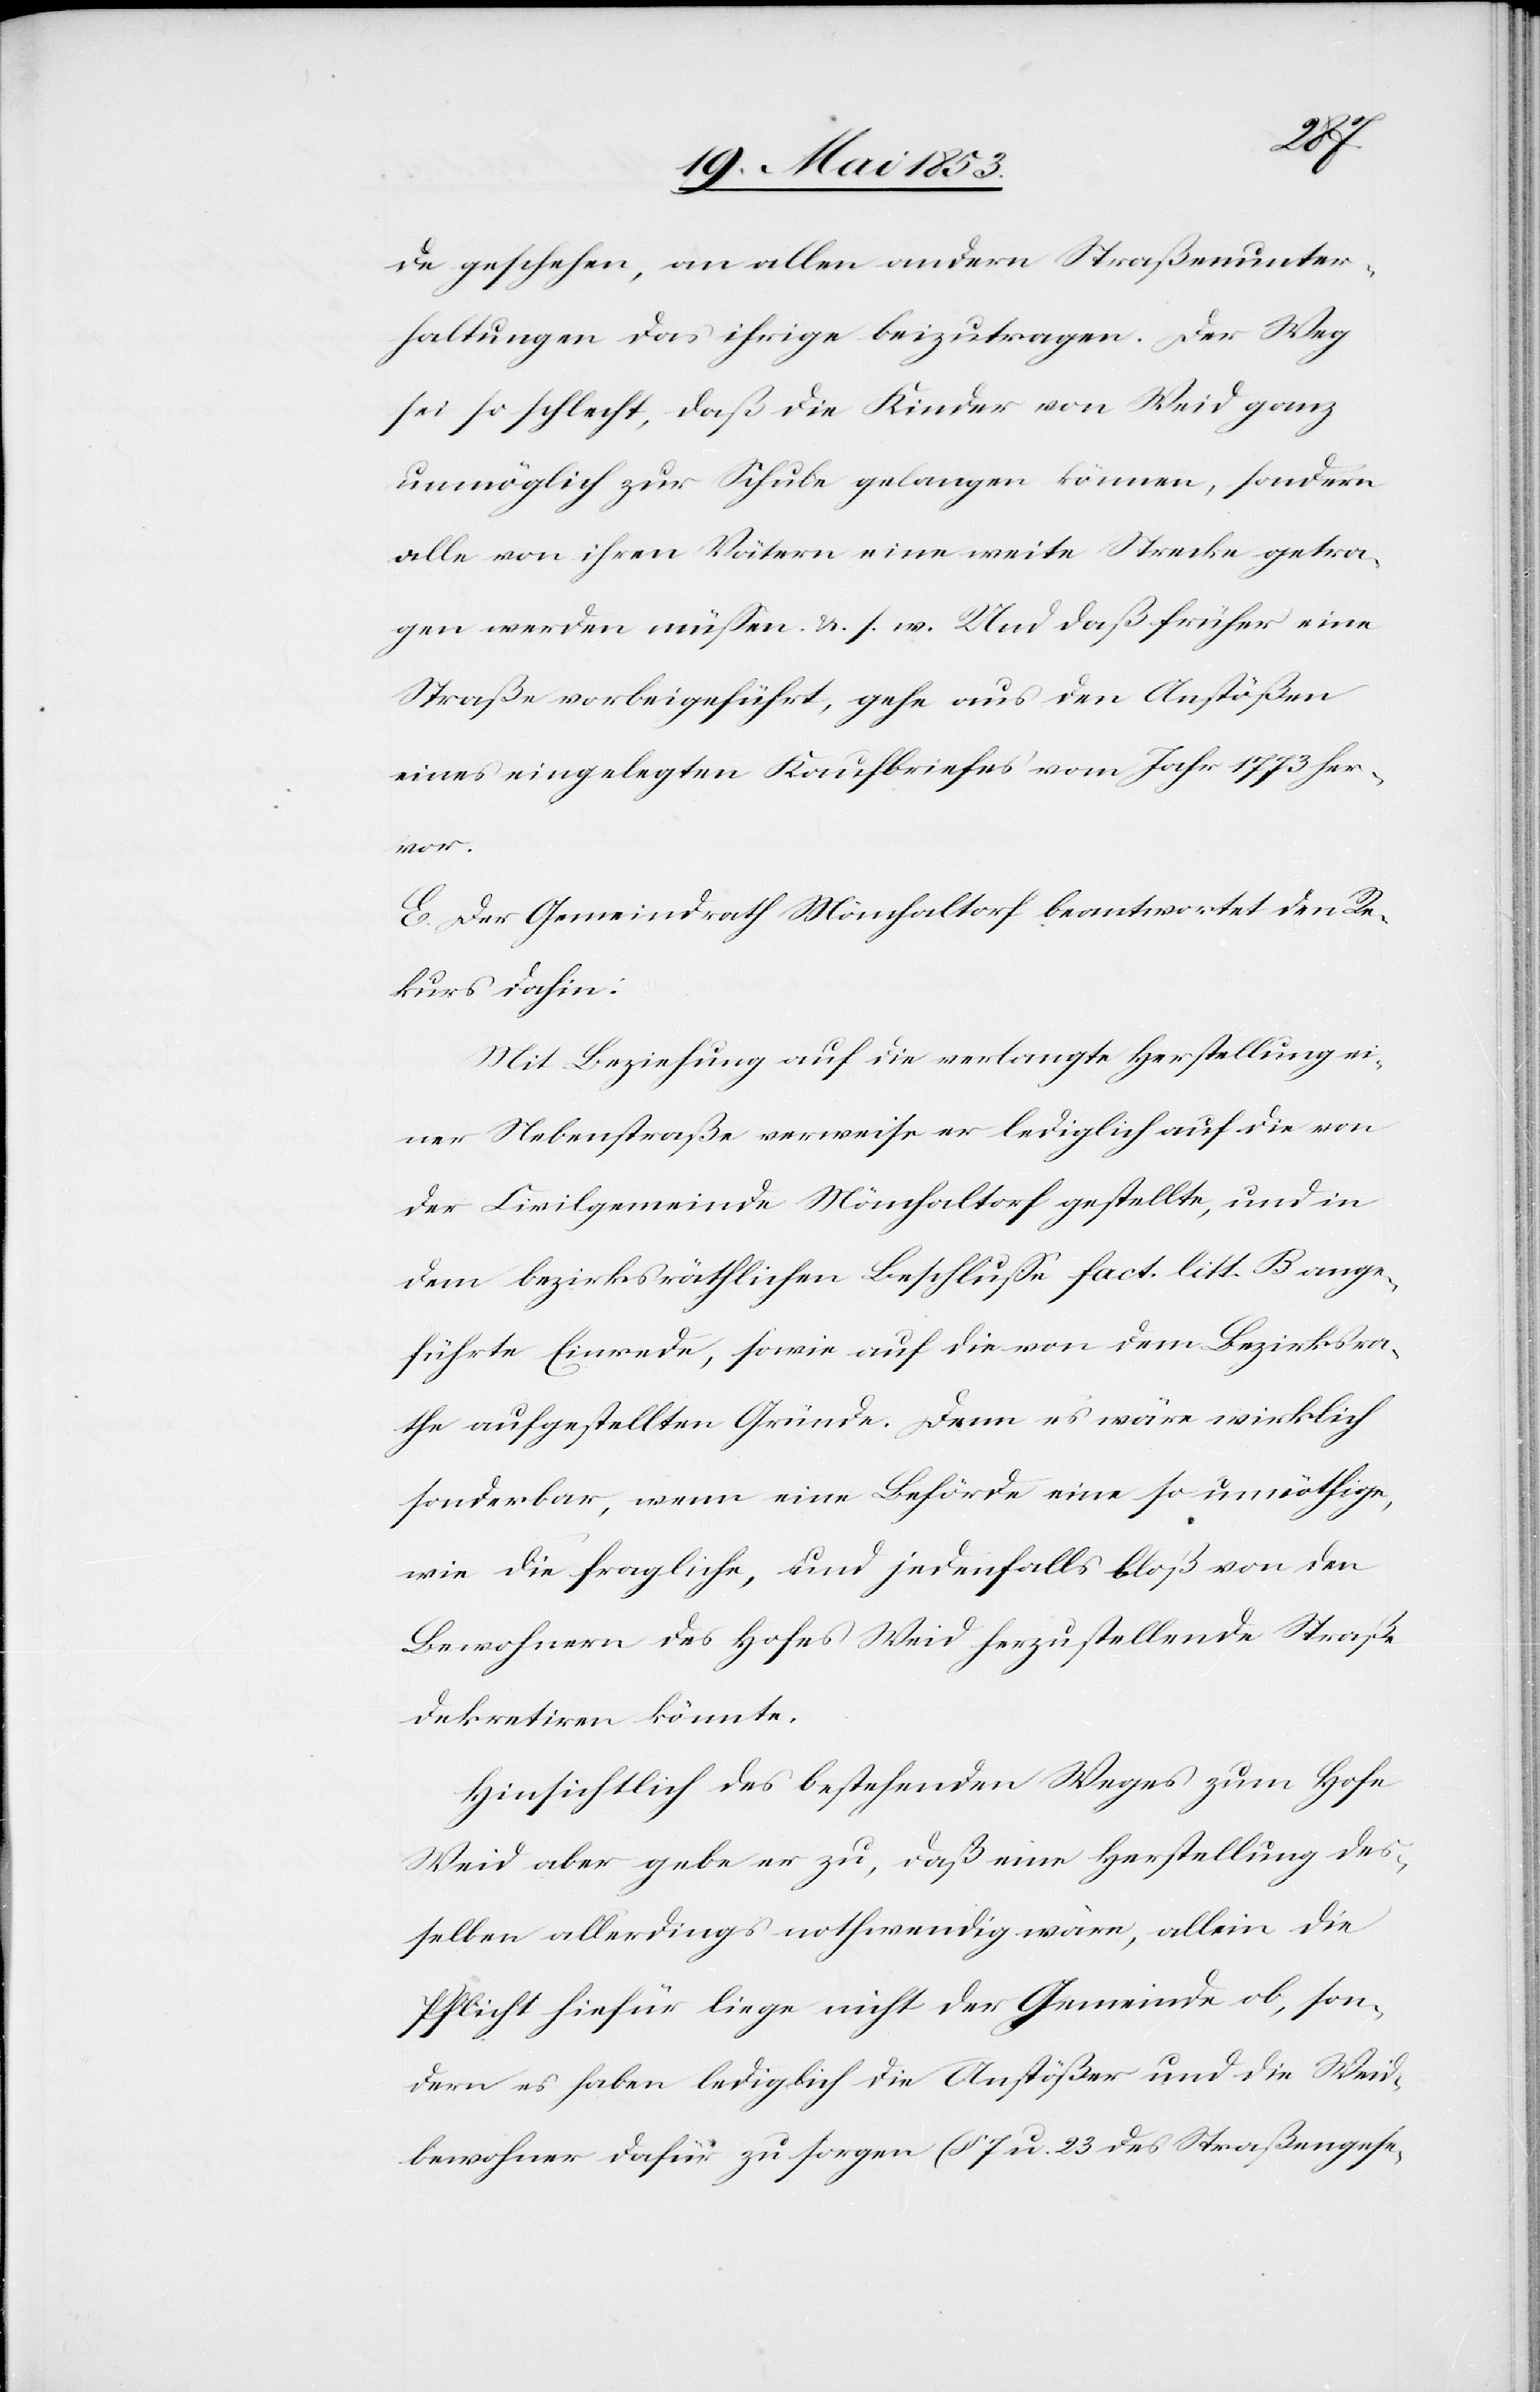
de geschehen, an allen andern Straßenunter¬
haltungen das ihrige beizutragen. Der Weg
sei so schlecht, daß die Kinder von Weid ganz
unmöglich zur Schule gelangen können, sondern
alle von ihren Vätern eine weite Strecke getra¬
gen werden müßen u. s. w. Und daß früher eine
Straße vorbeigeführt, gehe aus den Anstößen
eines eingelegten Kaufbriefes vom Jahr 1773 her¬
vor.
E. Der Gemeindrath Mönchaltorf beantwortet den Re¬
kurs dahin:
Mit Beziehung auf die verlangte Herstellung ei¬
ner Nebenstraße verweise er lediglich auf die von
der Civilgemeinde Mönchaltorf gestellte, und in
dem bezirksräthlichen Beschluße fact. litt. B. ange¬
führte Einrede, sowie auf die von dem Bezirksra¬
the aufgestellten Gründe. Denn es wäre wirklich
sonderbar, wenn eine Behörde eine so unnöthige,
wie die fragliche, und jedenfalls bloß von den
Bewohnern des Hofes Weid herzustellende Straße
dekretiren könnte.
Hinsichtlich des bestehenden Weges zum Hofe
Weid aber gebe er zu, daß einer Herstellung des¬
selben allerdings nothwendig wäre, allein die
Pflicht hiefür liege nicht der Gemeinde ob, son¬
dern es haben lediglich die Anstößer und die Weid¬
bewohner dafür zu sorgen (§ 7 u. 23 des Straßengese-